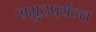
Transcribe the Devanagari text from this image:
समुद्रपर्यन्त